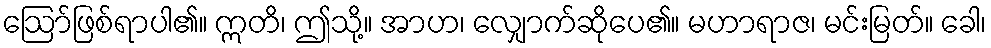
ဩော်ဖြစ်ရာပါ၏။ ဣတိ၊ ဤသို့။ အာဟ၊ လျှောက်ဆိုပေ၏။ မဟာရာဇ၊ မင်းမြတ်။ ခေါ၊